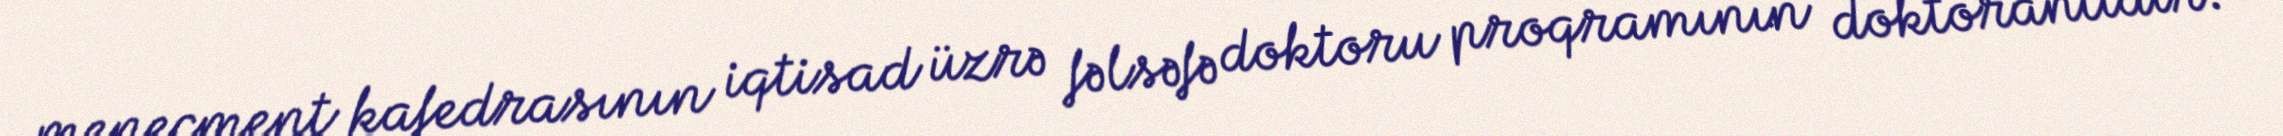
menecment kafedrasının iqtisad üzrə fəlsəfə doktoru proqramının doktorantıdır.